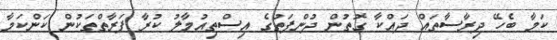
ކަމާ ބެހޭ ދިރާސާތައް ދައްކާ ގޮތުން ދުންފަތުގެ އިސްތިއުމާލު ކުރާ ފަރާތްތަކުން ކަންކަމާ